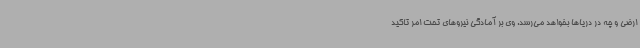
ارضی و چه در دریاها بخواهد می‌رسد. وی بر آمادگی نیروهای تحت امر تاکید